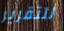
للتقرير